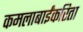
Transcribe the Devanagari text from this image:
कमलाबाईंकरिता